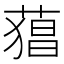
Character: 𮐫